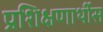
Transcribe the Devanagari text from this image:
प्रशिक्षणार्थीस